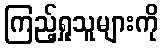
ကြည့်ရှုသူများကို